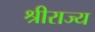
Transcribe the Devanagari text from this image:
श्रीराज्य